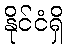
နိုင်ငံရှိ